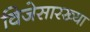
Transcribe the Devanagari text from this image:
विजेसारख्या